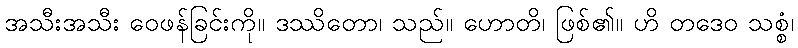
အသီးအသီး ဝေဖန်ခြင်းကို။ ဒဿိတော၊ သည်။ ဟောတိ၊ ဖြစ်၏။ ဟိ တဒေဝ သစ္စံ၊